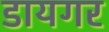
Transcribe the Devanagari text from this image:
डायगर